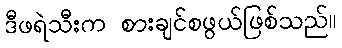
ဒီဖရဲသီးက စားချင်စဖွယ်ဖြစ်သည်။